Investigations into the jail dietaries of the United Provinces with some observations on the influence of dietary on the physical development and well-being of the people of the United Provinces - Number 48
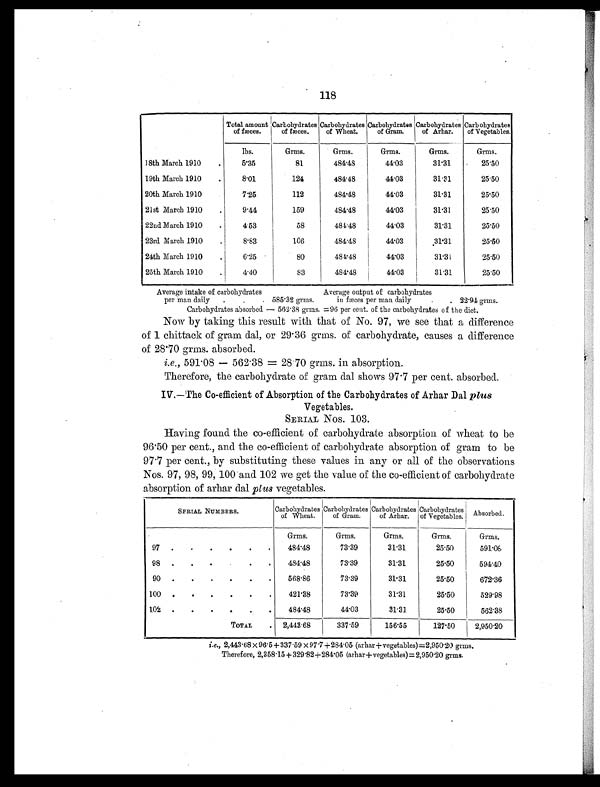
118
Total amount
of fæces.
Carbohydrates
of fæces.
Carbohydrates
of Wheat.
Carbohydrates
of Gram.
Carbohydrates
of Arhar.
Carbohydrates
of Vegetables.
lbs.
Grms.
Grms.
Grms.
Grms.
Grms.
18th March 1910
.
5.35
81
484.48
44.03
31.31
25.50
19th March 1910
.
8.01
124
484.48
44.03
31.31
25.50
20th March 1910
.
7.25
112
484.48
44.03
31.31
25.50
21st March 1910
.
9.44
159
484.48
44.03
31.31
25.50
22nd March 1910
.
4.53
58
484.48
44.03
31.31
25.50
23rd March 1910
.
8.83
106
484.48
44.03
31.31
25.50
24th March 1910
.
6.25
80
484.48
44.03
31.31
25.50
25th March 1910
.
4.40
83
484.48
44.03
31.31
25.50
Average intake of carbohydrates
Average output of carbohydrates
per man daily
.
.
. 585.32 grms.
in fæces per man daily
.
. 22 . 94 grms.
Carbohydrates absorbed — 562.38 grms. =96 per cent. of the carbohydrates of the diet.
Now by taking this result with that of No. 97, we see that a difference
of 1 chittack of gram dal, or 29 . 36 grms. of carbohydrate, causes a difference
of 28.70 grms. absorbed.
i.e., 591 . 08 — 562 . 38 = 28.70 grms. in absorption.
Therefore, the carbohydrate of gram dal shows 97 . 7 per cent. absorbed.
IV.—The Co-efficient of Absorption of the Carbohydrates of Arhar Dal plus
Vegetables.
SERIAL Nos. 103.
Having found the co-efficient of carbohydrate absorption of wheat to be
96.50 per cent., and the co-efficient of carbohydrate absorption of gram to be
97 . 7 per cent., by substituting these values in any or all of the observations
Nos. 97, 98, 99, 100 and 102 we get the value of the co-efficient of carbohydrate
absorption of arhar dal plus vegetables.
SERIAL NUMBERS.
Carbohydrates
of Wheat.
Carbohydrates
of Gram.
Carbohydrates
of Arhar.
Carbohydrates
of Vegetables.
Absorbed.
Grms.
Grms.
Grms.
Grms.
Grms.
97
.
.
.
.
.
.
484.48
73.39
31.31
25.50
591.08
98
.
.
.
.
.
.
484.48
73.39
31.31
25.50
594.40
90 .
.
.
.
.
.
568.86
73.39
31.31
25.50
672.36
100 .
.
.
.
.
.
421.38
73.39
31.31
25.50
529.98
102 .
.
.
.
. .
484.48
44.03
31.31
25.50
562.38
TOTAL
.
2,443.68
337.59
156.55
127.50
2,950.20
i.e., 2,443.68 × 96.5+337.59 ×97.7 +. 284.05 (arhar+vegetables)=2,950.20 grms.
Therefore, 2,358.15+329 .82+284 .05 (arhar + v egetables)= 2,950.20 grms.